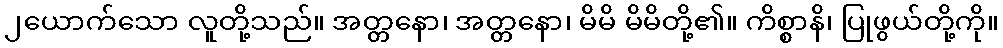
၂ယောက်သော လူတို့သည်။ အတ္တနော၊ အတ္တနော၊ မိမိ မိမိတို့၏။ ကိစ္စာနိ၊ ပြုဖွယ်တို့ကို။